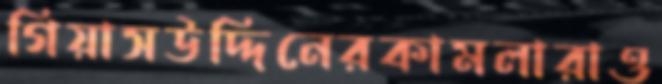
গিয়াসউদ্দিনেরকামলারাও